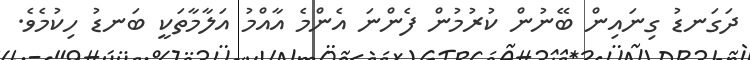
ދަގަނޑު ގިނައިން ބޭނުން ކުރުމުން ފެންނަ އެންމެ އާއްމު އަލާމާތަކީ ބަނޑު ހިކުމެވެ.